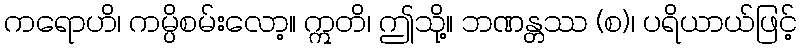
ကရောဟိ၊ ကမ္ပိစမ်းလော့။ ဣတိ၊ ဤသို့။ ဘဏန္တဿ (စ)၊ ပရိယာယ်ဖြင့်